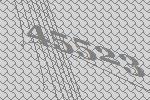
45523